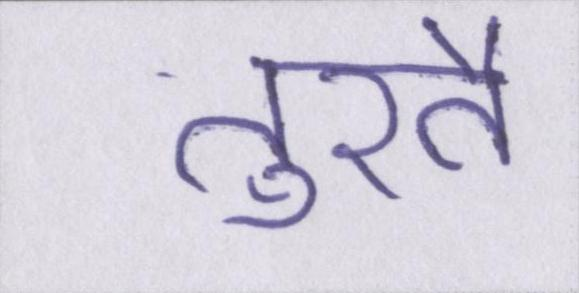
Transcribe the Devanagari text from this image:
तुरतै